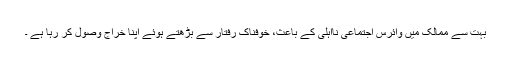
بہت سے ممالک میں وائرس اجتماعی نااہلی کے باعث، خوفناک رفتار سے بڑھتے ہوئے اپنا خراج وصول کر رہا ہے ۔